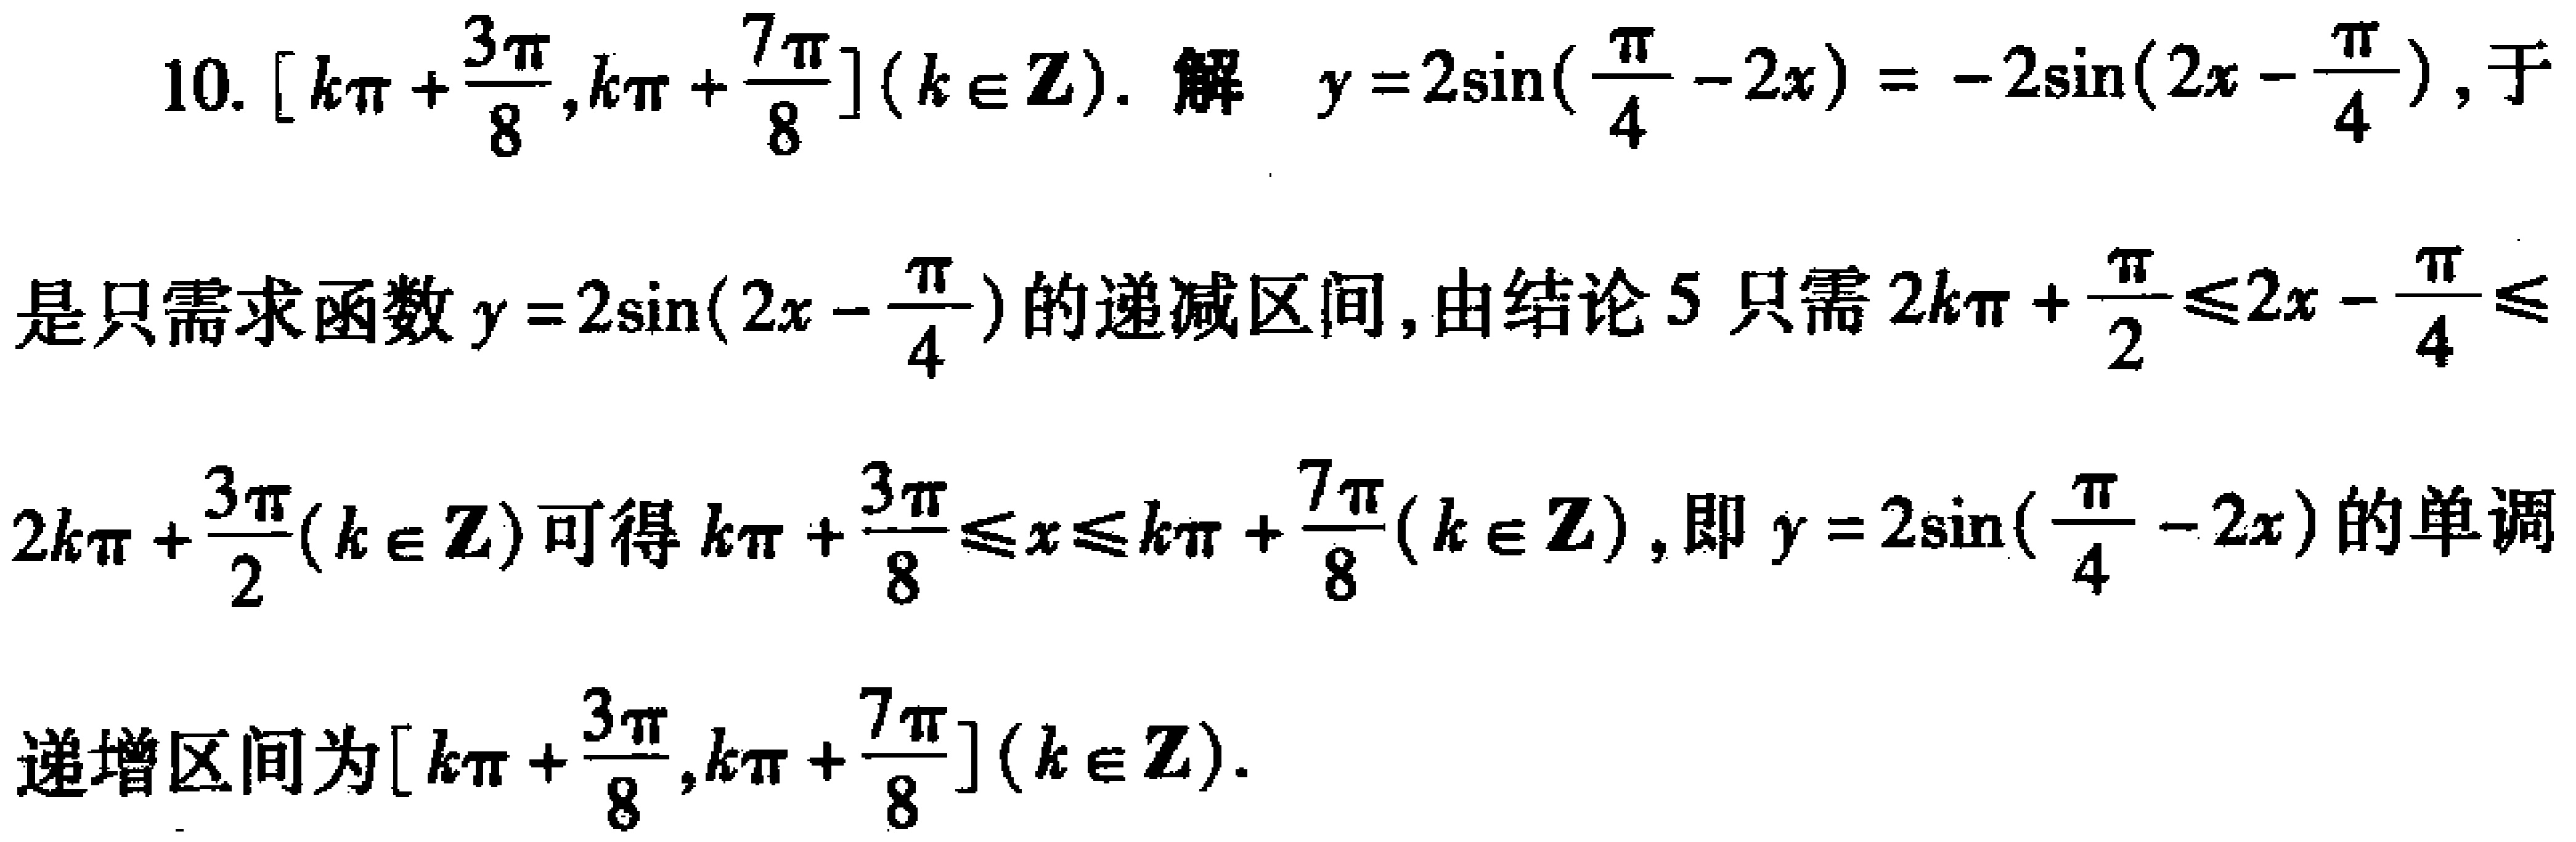
10. \([k\pi+\frac{3\pi}{8},k\pi+\frac{7\pi}{8}](k\in\mathbb{Z})\). 解 \(y = 2\sin(\frac{\pi}{4}-2x)=-2\sin(2x - \frac{\pi}{4})\), 于是只需求函数 \(y = 2\sin(2x-\frac{\pi}{4})\) 的递减区间, 由结论 5 只需 \(2k\pi+\frac{\pi}{2}\leq2x-\frac{\pi}{4}\leq2k\pi+\frac{3\pi}{2}(k\in\mathbb{Z})\) 可得 \(k\pi+\frac{3\pi}{8}\leq x\leq k\pi+\frac{7\pi}{8}(k\in\mathbb{Z})\), 即 \(y = 2\sin(\frac{\pi}{4}-2x)\) 的单调递增区间为 \([k\pi+\frac{3\pi}{8},k\pi+\frac{7\pi}{8}](k\in\mathbb{Z})\).